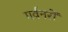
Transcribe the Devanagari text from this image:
गर्वनरों